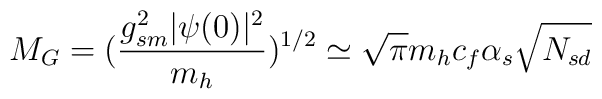
M_G = (\frac{g_{sm}^2 |\psi(0)|^2}{m_h})^{1/2} \simeq \sqrt{\pi} m_h c_f \alpha_s\sqrt{N_{sd}}